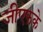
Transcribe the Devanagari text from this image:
जीएफके